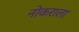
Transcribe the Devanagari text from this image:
नोकराला